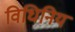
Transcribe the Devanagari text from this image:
विधिनिय